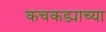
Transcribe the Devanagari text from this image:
कचकड्याच्या